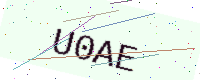
Text: U0AE